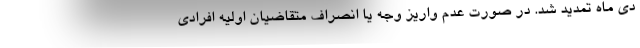
دی ماه تمدید شد. در صورت عدم واریز وجه یا انصراف متقاضیان اولیه افرادی